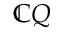
\mathbb { C } Q